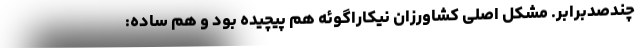
چندصدبرابر. مشکل اصلی کشاورزان نیکاراگوئه هم پیچیده بود و هم ساده: